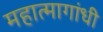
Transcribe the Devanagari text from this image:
महात्मागांधी